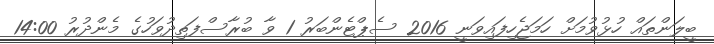
ބީލަންތައް ހުޅުވުމަށް ހަމަޖެހިފައިވަނީ 2016 ސެޕްޓެންބަރު 1 ވާ ބުރާސްފަތިދުވަހުގެ މެންދުރު 14:00